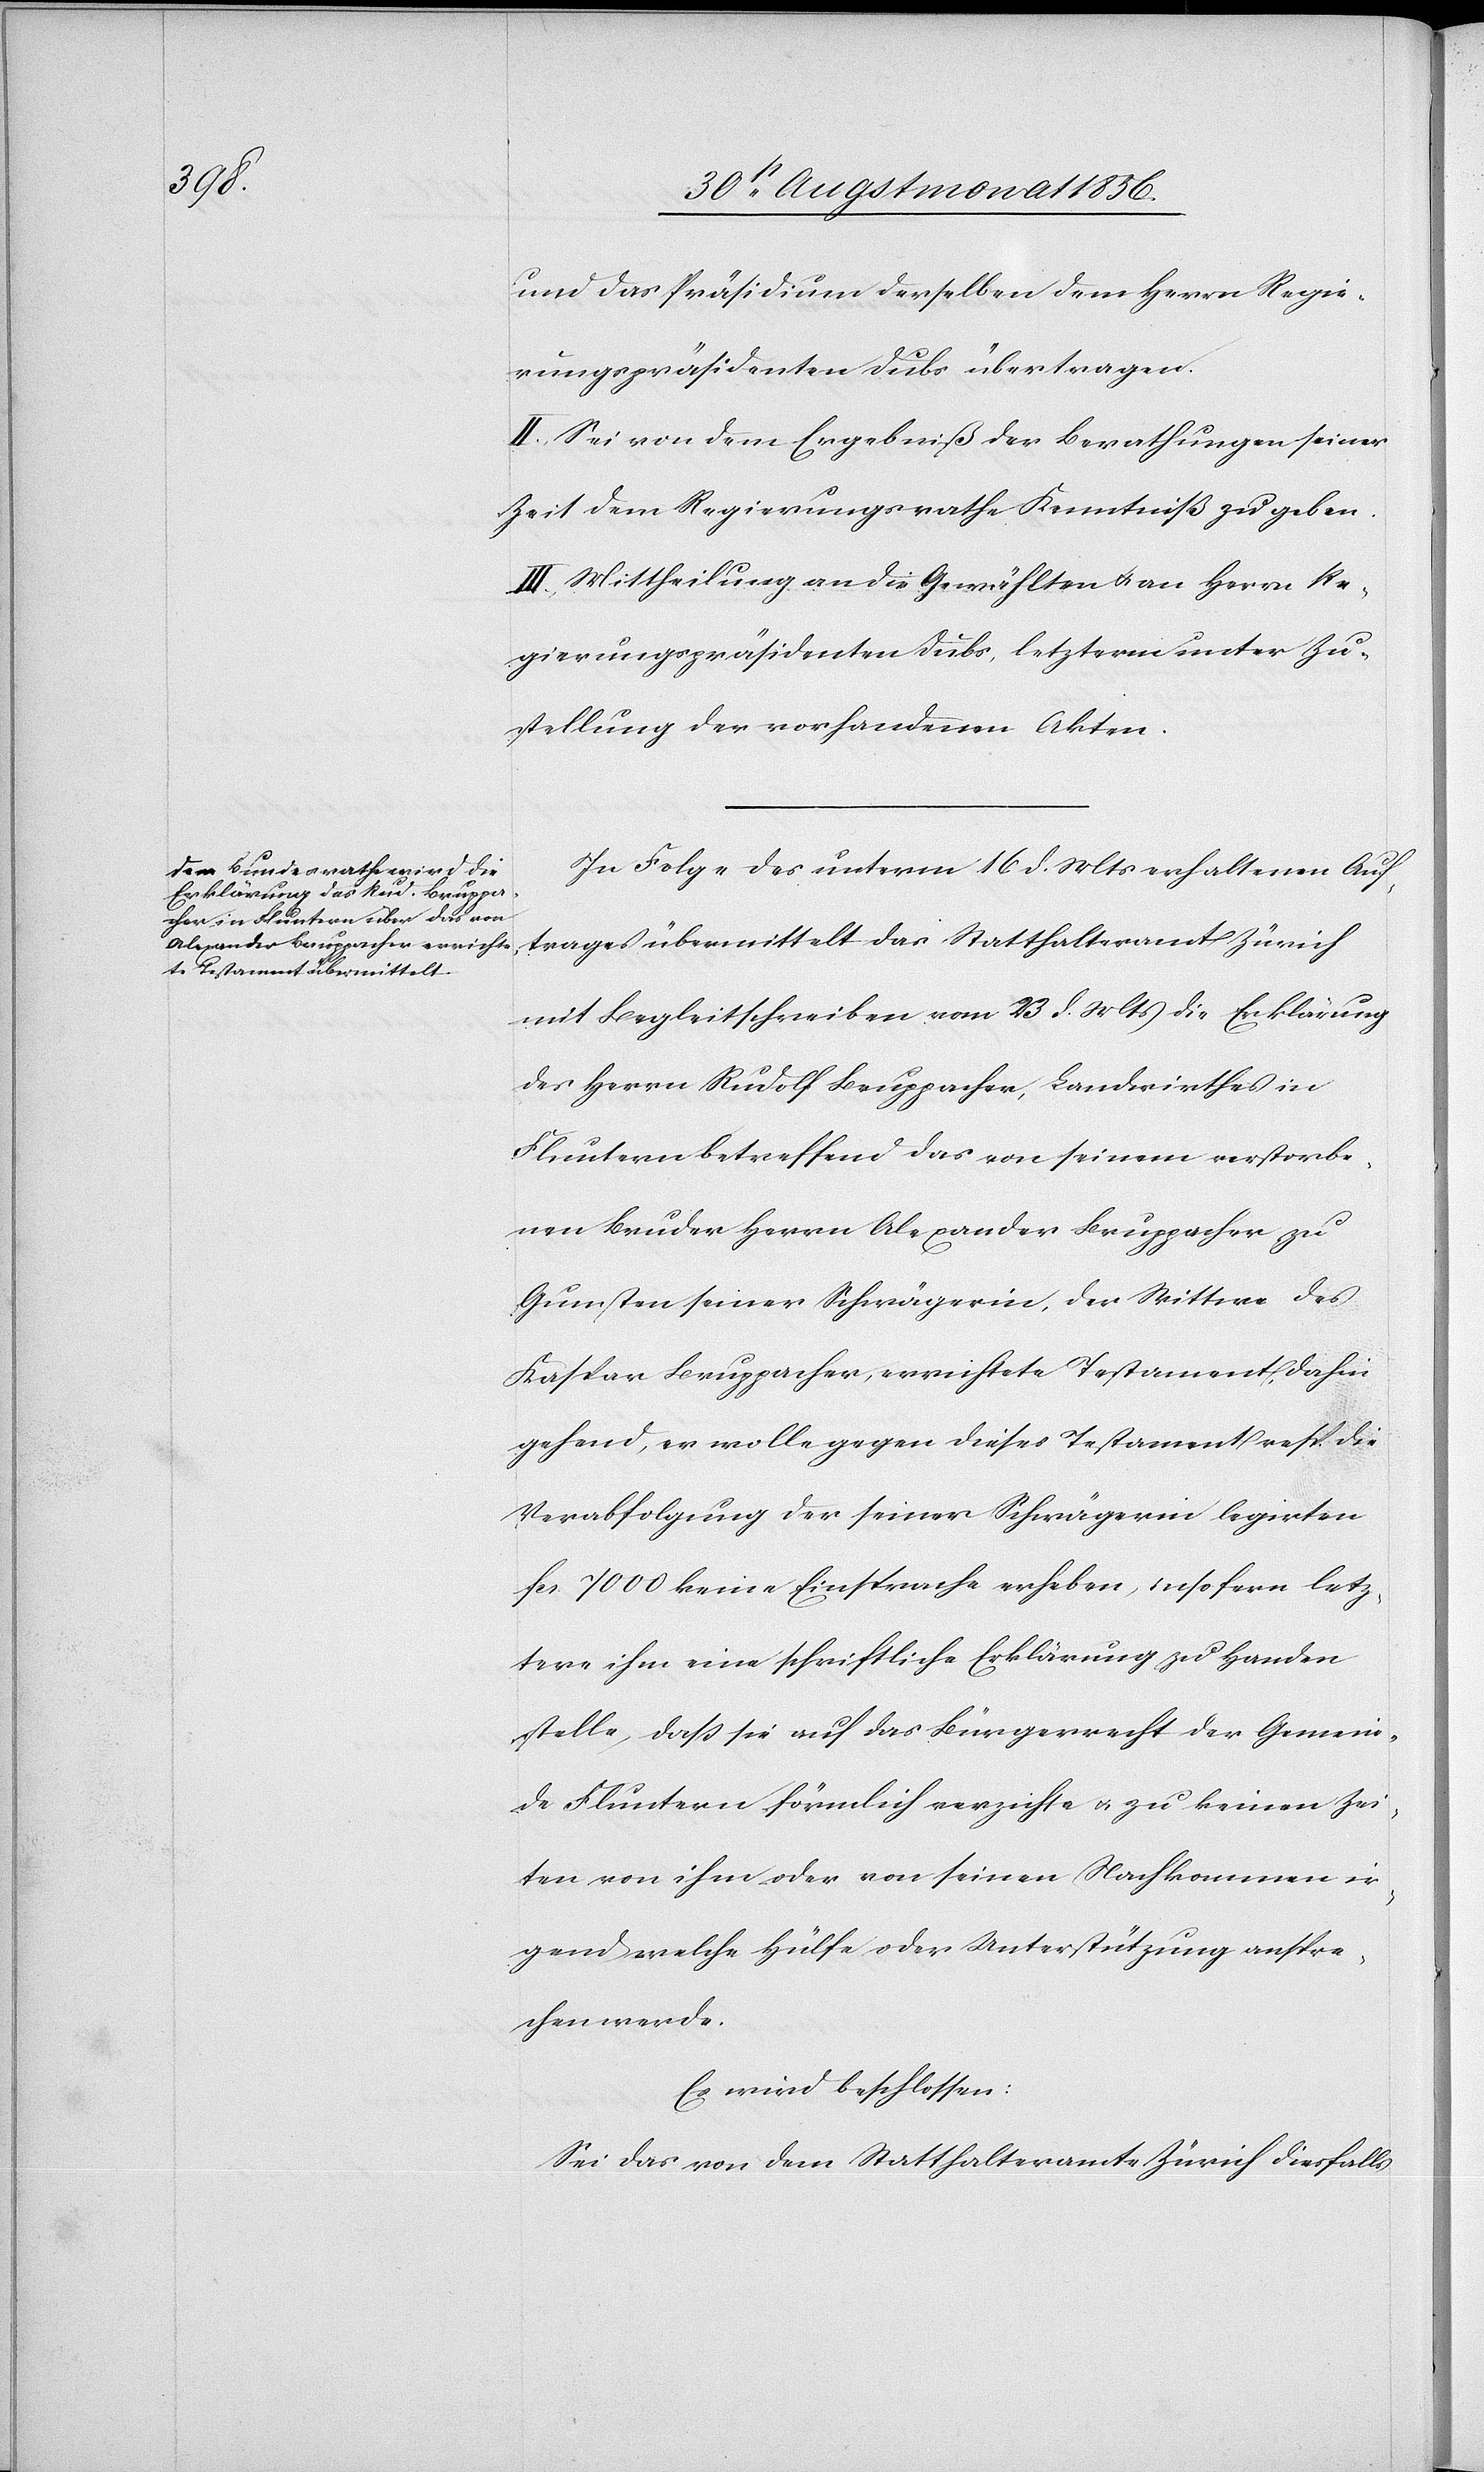
und das Präsidium derselben dem Herrn Regie¬
rungspräsidenten Dubs übertragen.
II.) Sei von dem Ergebniß der Berathungen seiner
Zeit dem Regierungsrathe Kenntniß zu geben.
III.) Mittheilung an die Gewählten u. an Herrn Re¬
gierungspräsidenten Dubs, letzterm unter Zu¬
stellung der vorhandenen Akten.
In Folge des unterm 16 d. Mts erhaltenen Auf¬
trages übermittelt das Statthalteramt Zürich
mit Begleitschreiben vom 23 d. Mts die Erklärung
des Herrn Rudolf Bruppacher, Landwirthes in
Fluntern betreffend das von seinem verstorbe¬
nen Bruder Herrn Alexander Bruppacher zu
Gunsten seiner Schwägerin, der Wittwe des
Kaspar Bruppacher, errichtete Testament, dahin
gehend, er wolle gegen dieses Testament resp. die
Verabfolgung der seiner Schwägerin legirten
fcs. 7000 keine Einsprache erheben, insofern letz¬
tere ihm eine schriftliche Erklärung zu Handen
stelle, dass sie auf das Bürgerrecht der Gemein¬
de Fluntern förmlich verzichte u. zu keinen Zei¬
ten von ihm oder von seinen Nachkommen ir¬
gend welche Hülfe oder Unterstützung anspre¬
chen werde.
Es wird beschlossen:
Sei das von dem Statthalteramte Zürich diesfalls